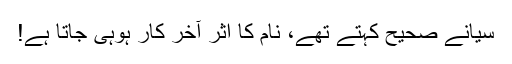
سیانے صحیح کہتے تھے، نام کا اثر آخر کار ہوہی جاتا ہے!